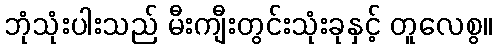
ဘုံသုံးပါးသည် မီးကျီးတွင်းသုံးခုနှင့် တူလေစွ။